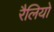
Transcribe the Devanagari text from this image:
रैलियो